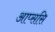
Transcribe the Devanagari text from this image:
आप्ससि